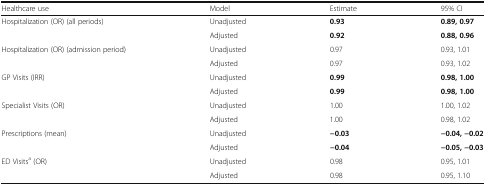
<table><thead><tr><td><b>Healthcare use</b></td><td><b>Model</b></td><td><b>Estimate</b></td><td><b>95% CI</b></td></tr></thead><tbody><tr><td rowspan="2">Hospitalization (OR) (all periods)</td><td>Unadjusted</td><td><b>0.93</b></td><td><b>0.89, 0.97</b></td></tr><tr><td>Adjusted</td><td><b>0.92</b></td><td><b>0.88, 0.96</b></td></tr><tr><td rowspan="2">Hospitalization (OR) (admission period)</td><td>Unadjusted</td><td>0.97</td><td>0.93, 1.01</td></tr><tr><td>Adjusted</td><td>0.97</td><td>0.93, 1.02</td></tr><tr><td rowspan="2">GP Visits (IRR)</td><td>Unadjusted</td><td><b>0.99</b></td><td><b>0.98, 1.00</b></td></tr><tr><td>Adjusted</td><td><b>0.99</b></td><td><b>0.98, 1.00</b></td></tr><tr><td rowspan="2">Specialist Visits (OR)</td><td>Unadjusted</td><td>1.00</td><td>1.00, 1.02</td></tr><tr><td>Adjusted</td><td>1.00</td><td>0.98, 1.02</td></tr><tr><td rowspan="2">Prescriptions (mean)</td><td>Unadjusted</td><td><b>−0.03</b></td><td><b>−0.04, −0.02</b></td></tr><tr><td>Adjusted</td><td><b>−0.04</b></td><td><b>−0.05, −0.03</b></td></tr><tr><td rowspan="2">ED Visits<sup>a</sup> (OR)</td><td>Unadjusted</td><td>0.98</td><td>0.95, 1.01</td></tr><tr><td>Adjusted</td><td>0.98</td><td>0.95, 1.10</td></tr></tbody></table>